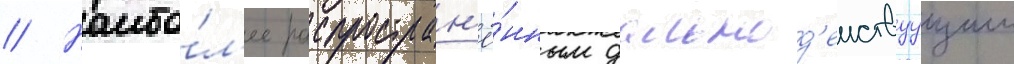
// Наибо́л'ее распростран'ё́нным дальнод'еиствуущим